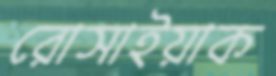
রোসাইয়াক